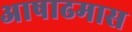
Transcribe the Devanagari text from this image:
अाषाढमास